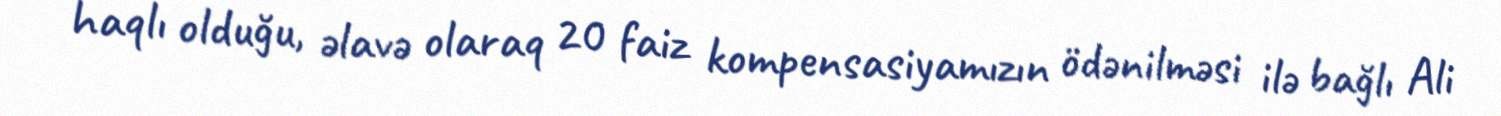
haqlı olduğu, əlavə olaraq 20 faiz kompensasiyamızın ödənilməsi ilə bağlı Ali